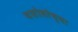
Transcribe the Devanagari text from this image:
यशोधरेच्या